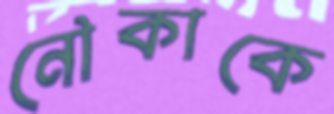
নৌকাকে